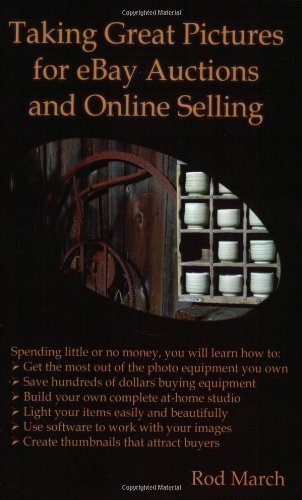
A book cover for Taking Great Pictures for eBay Auctions and Online Selling; Rod March; Computers & Technology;